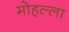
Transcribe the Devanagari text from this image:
मोहल्‍ला